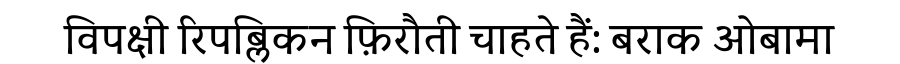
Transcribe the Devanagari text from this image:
विपक्षी रिपब्लिकन फ़िरौती चाहते हैं: बराक ओबामा